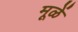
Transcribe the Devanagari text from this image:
मूळें